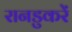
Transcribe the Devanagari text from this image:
रानडुकरें